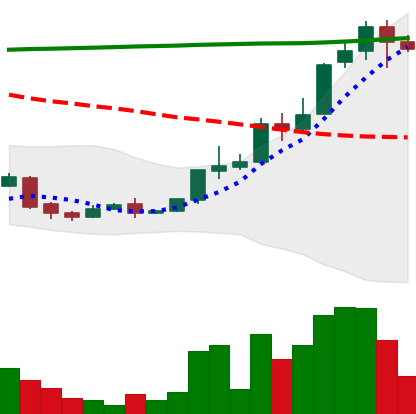
Ticker: XLM-USD
Chart end date: 2018-04-22
Forward return: 6.233%
Label: up_5_7